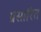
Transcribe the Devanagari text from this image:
प्रसारित